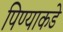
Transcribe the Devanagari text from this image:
पिण्याकडे